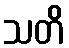
သတိ